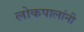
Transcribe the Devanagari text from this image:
लोकपालांनी